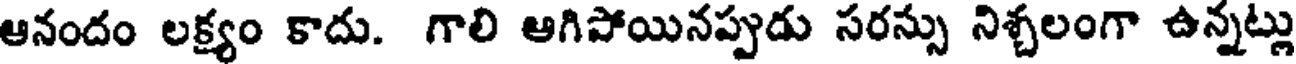
ఆనందం లక్ష్యం కాదు. గాలి ఆగిపోయినప్పుడు సరస్సు నిశ్చలంగా ఉన్నట్లు